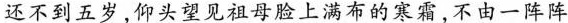
还不到五岁，仰头望见祖母脸上满布的寒霜，不由一阵阵